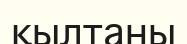
қылтаны